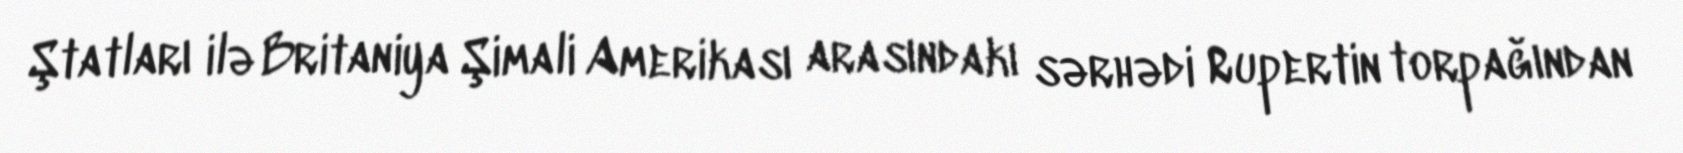
Ştatları ilə Britaniya Şimali Amerikası arasındakı sərhədi Rupertin torpağından